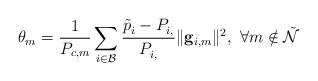
LaTeX: \begin{align*}\theta_m = \frac{1}{P_{c,m}}\sum_{i \in \mathcal{B}}\frac{\tilde{p}^{}_i-P^{}_{i,}}{P^{}_{i,}}\|\mathbf{g}_{i,m}\|^2, ~ \forall m \notin \mathcal{\tilde{N}}_{}\end{align*}